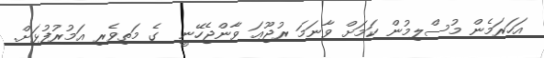
އަހަރަމެން މުސްލިމުން ކަމަށް ވާނަމަ ރުޖޫޢަ ވާންޖެހޭނީ  ގެ މަތިވެރި އަމުރުފުޅަށް.